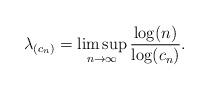
LaTeX: \begin{align*}\lambda_{(c_n)}=\limsup_{n\to\infty}\frac{\log(n)}{\log(c_n)}.\end{align*}